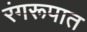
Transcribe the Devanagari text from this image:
रंगरूपात